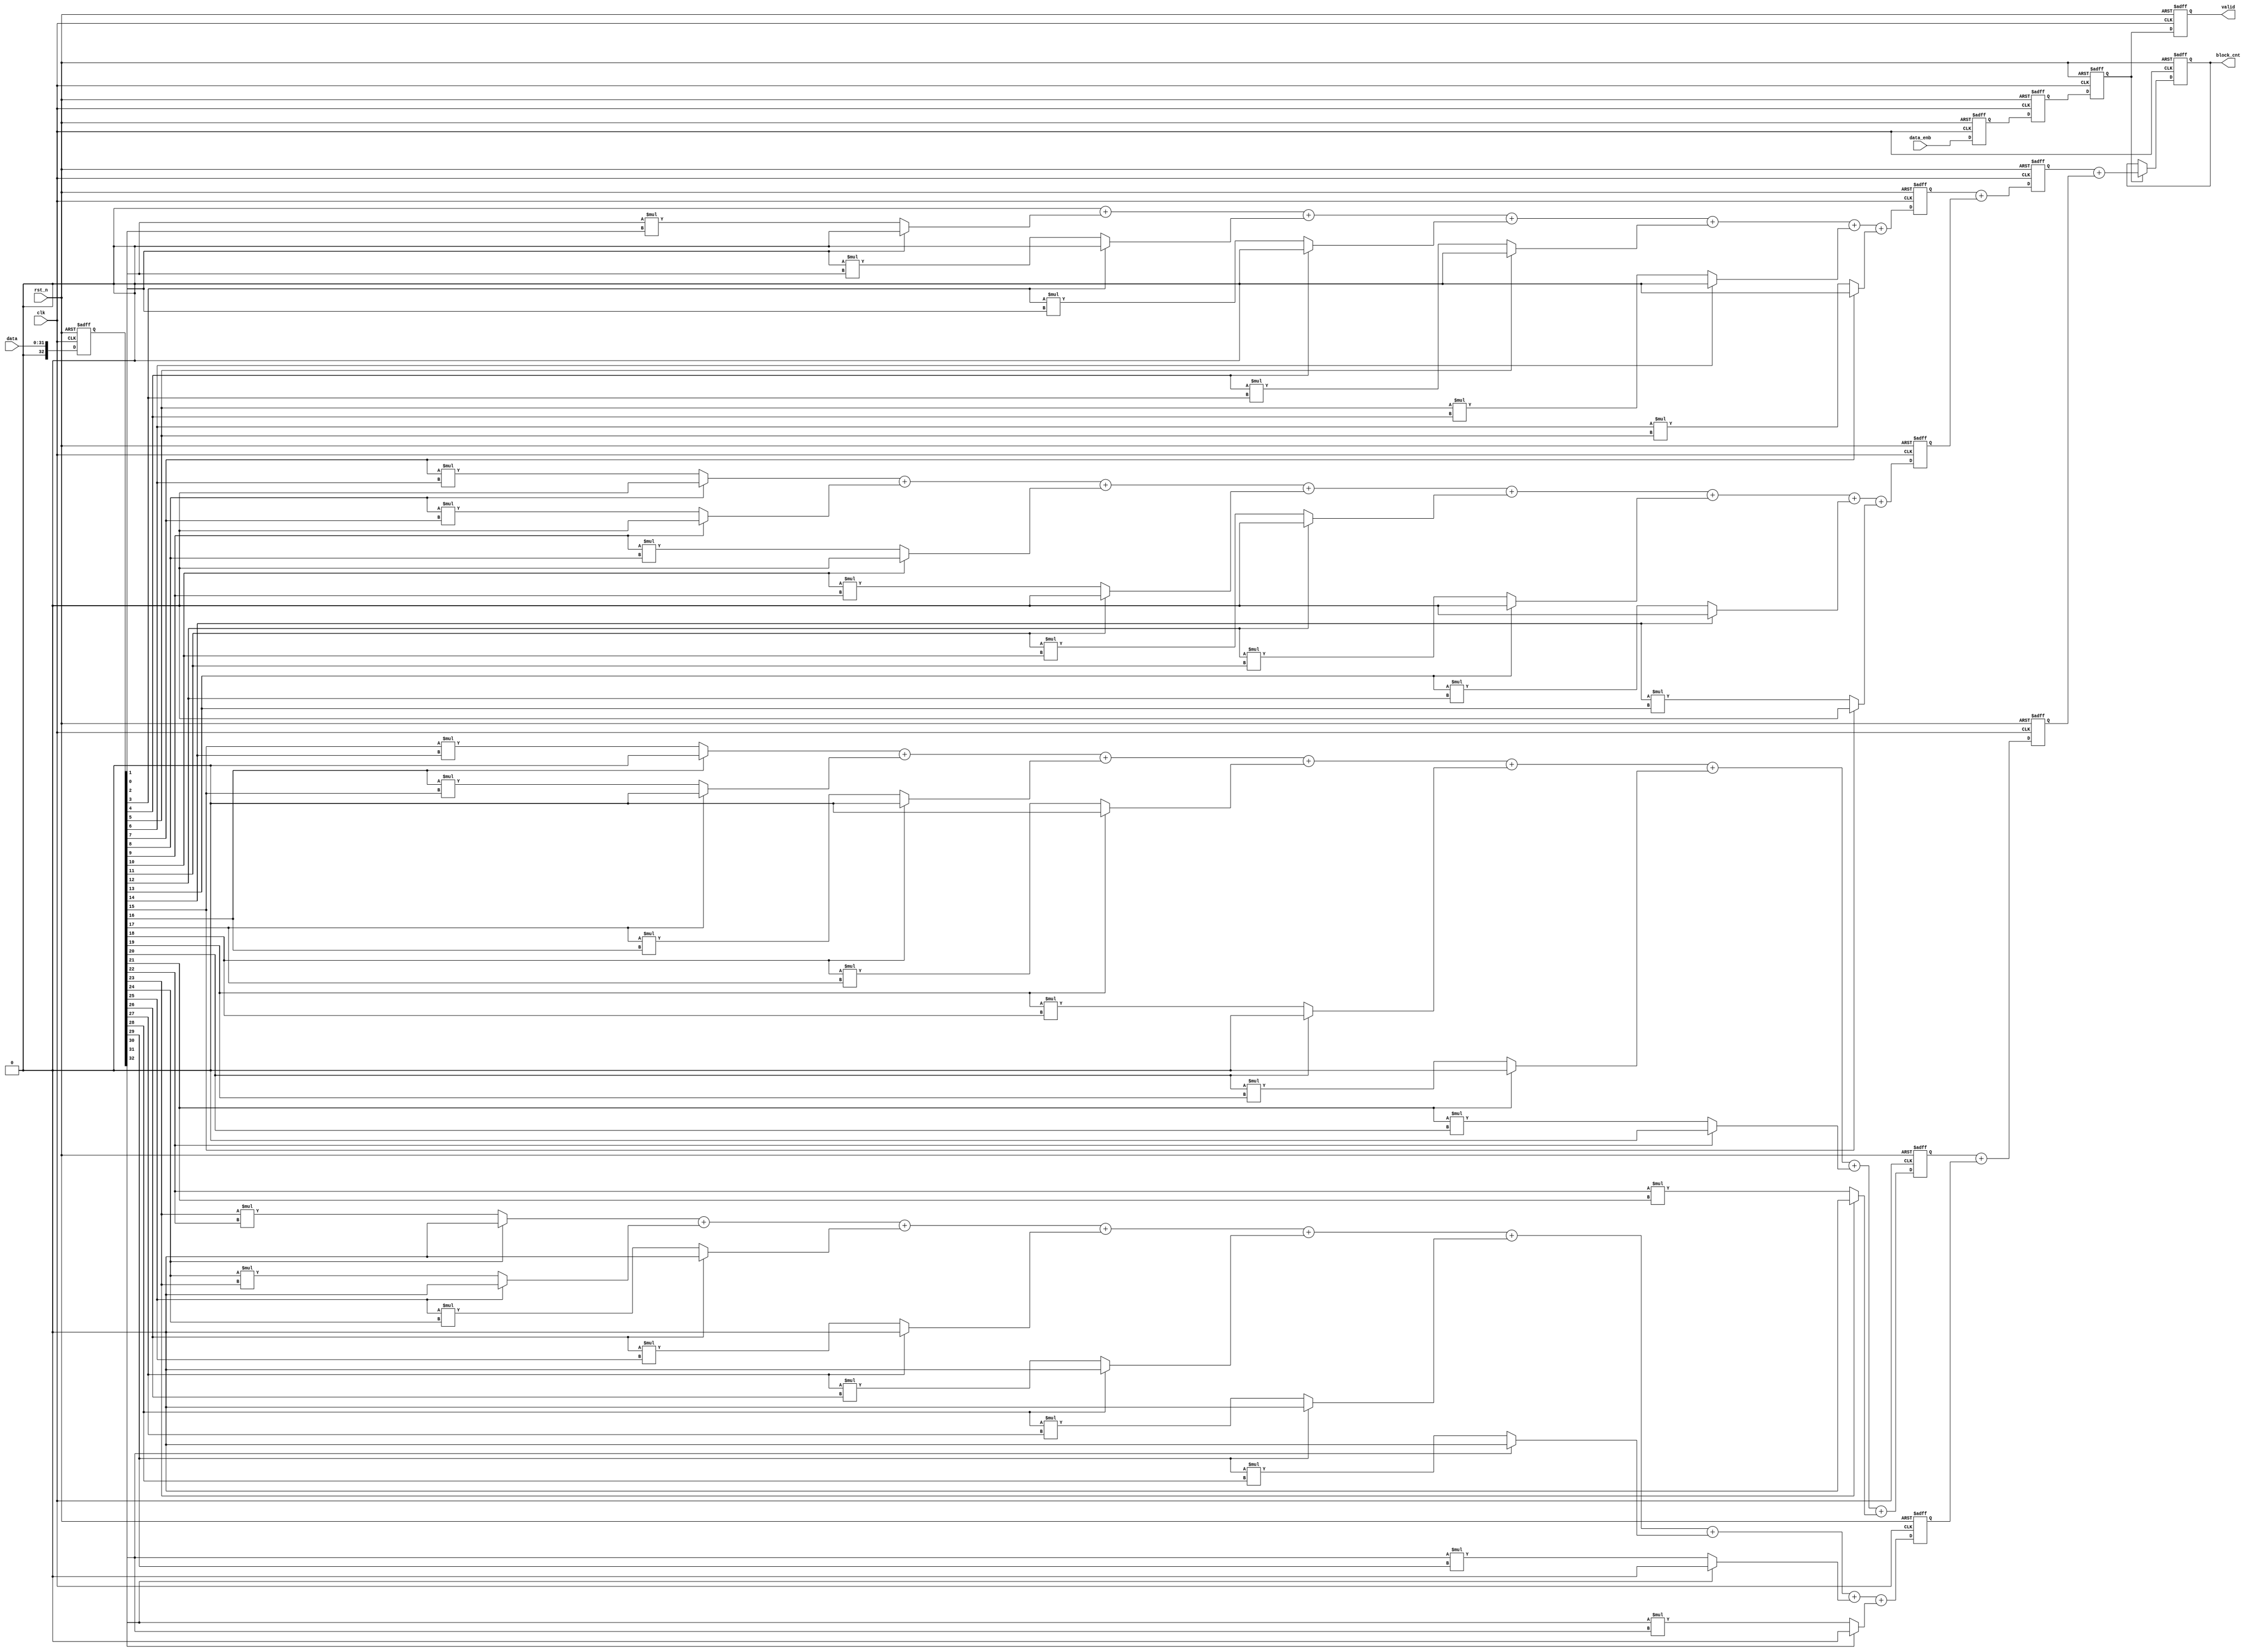
module bit_block_counter (data, data_enb, clk, rst_n, block_cnt, valid);
  //parameter
  parameter FF_DLY = 1;
  parameter LEN_DATA = 32;
  parameter LEN_CNT = 4;
    //port
  input [LEN_DATA-1:0] data;
  input data_enb;
  input clk;
  input rst_n;
  output [LEN_CNT-1:0] block_cnt;
  output valid;
    //port data type
  wire [LEN_DATA-1:0] data;
  wire data_enb;
  wire clk;
  wire rst_n;
  reg [LEN_CNT-1:0] block_cnt;
  reg valid;
    //internal variable
  reg [LEN_DATA:0] data_in;
  wire [LEN_CNT-1:0] cnt0;
  wire [LEN_CNT-1:0] cnt1;
  wire [LEN_CNT-1:0] cnt2;
  wire [LEN_CNT-1:0] cnt3;
  reg [LEN_DATA:0] cnt_0;
  reg [LEN_DATA:0] cnt_int;
  reg [LEN_CNT-1:0] block_cnt0;
  reg [LEN_CNT-1:0] block_cnt1;
  reg [LEN_CNT-1:0] block_cnt2;
  reg [LEN_CNT-1:0] block_cnt3;
  wire [LEN_CNT-1:0] block_cnt01;
  wire [LEN_CNT-1:0] block_cnt23;
  reg [LEN_CNT-1:0] block_cnt_01;
  reg [LEN_CNT-1:0] block_cnt_23;
  wire [LEN_CNT-1:0] block_cnt_0;
  reg valid_0;
  reg valid_1;
  reg valid_2;
  
    //data in flipflop
  always @ (posedge clk or negedge rst_n) begin 
    if (rst_n == 0) begin 
      data_in <= #FF_DLY 33'h0;
    end 
    else begin 
      data_in <= #FF_DLY data;
    end
  end
  //enable in flipflop
  always @ (posedge clk or negedge rst_n) begin 
    if (rst_n == 0) begin
      valid_0 <= #FF_DLY 1'b0;
    end
    else begin 
      valid_0 <= #FF_DLY data_enb;
    end
  end
  
  always @ (data_in) begin
    cnt_int = 0;
  end
  
  genvar i;
  generate
    for (i=0;i<8;i=i+1) begin : counter0
      always @ (data_in or i) begin
        cnt_0[i] = ((data_in[i] == 0) && (i > 1)) ? (data_in[i-1]*data_in[i-2]) : cnt_int[i];
      end
    end
  endgenerate
  assign cnt0 = cnt_0[0] + cnt_0[1] + cnt_0[2] + cnt_0[3] + cnt_0[4] + cnt_0[5] + cnt_0[6] + cnt_0[7];

  genvar j;
  generate
    for (j=8;j<16;j=j+1) begin : counter1
      always @ (data_in or j) begin
        cnt_0[j] = ((data_in[j] == 0)) ? (data_in[j-1]*data_in[j-2]) : cnt_int[j];
      end
    end
  endgenerate
  assign cnt1 = cnt_0[8] + cnt_0[9] + cnt_0[10] + cnt_0[11] + cnt_0[12] + cnt_0[13] + cnt_0[14] + cnt_0[15];
  
  genvar g;
  generate
    for (g=16;g<24;g=g+1) begin : counter2
      always @ (data_in or g) begin
        cnt_0[g] = ((data_in[g] == 0)) ? (data_in[g-1]*data_in[g-2]) : cnt_int[g];
      end
    end
  endgenerate
  assign cnt2 = cnt_0[16] + cnt_0[17] + cnt_0[18] + cnt_0[19] + cnt_0[20] + cnt_0[21] + cnt_0[22] + cnt_0[23];
  
  genvar h;
  generate
    for (h=24;h<33;h=h+1) begin : counter3
      always @ (data_in or h) begin
        cnt_0[h] = ((data_in[h] == 0)) ? (data_in[h-1]*data_in[h-2]) : cnt_int[h];
      end
    end
  endgenerate
  assign cnt3 = cnt_0[24] + cnt_0[25] + cnt_0[26] + cnt_0[27] + cnt_0[28] + cnt_0[29] + cnt_0[30] + cnt_0[31] + cnt_0[32];
  
  always @ (posedge clk or negedge rst_n) begin 
    if (rst_n == 0) begin 
	  block_cnt0 <= #FF_DLY 4'd0;
	end
	else begin
	    block_cnt0 <= #FF_DLY cnt0;
	end
  end
  always @ (posedge clk or negedge rst_n) begin 
    if (rst_n == 0) begin 
	  block_cnt1 <= #FF_DLY 4'd0;
	end
	else begin
	  block_cnt1 <= #FF_DLY cnt1;
	end
  end
  always @ (posedge clk or negedge rst_n) begin 
    if (rst_n == 0) begin 
	  block_cnt2 <= #FF_DLY 4'd0;
	end
	else begin
	  block_cnt2 <= #FF_DLY cnt2;
	end
  end
  always @ (posedge clk or negedge rst_n) begin 
    if (rst_n == 0) begin 
	  block_cnt3 <= #FF_DLY 4'd0;
	end
	else begin
	  block_cnt3 <= #FF_DLY cnt3;
	end
  end
  always @ (posedge clk or negedge rst_n) begin 
    if (rst_n == 0) begin
      valid_1 <= #FF_DLY 1'b0;
    end
    else begin 
      valid_1 <= #FF_DLY valid_0;
    end
  end
  assign block_cnt01 = block_cnt0 + block_cnt1;
  assign block_cnt23 = block_cnt2 + block_cnt3;
  //enable in flipflop
  always @ (posedge clk or negedge rst_n) begin 
    if (rst_n == 0) begin
      valid_2 <= #FF_DLY 1'b0;
    end
    else begin 
      valid_2 <= #FF_DLY valid_1;
    end
  end
  always @ (posedge clk or negedge rst_n) begin 
    if (rst_n == 0) begin 
	  block_cnt_01 <= #FF_DLY 4'd0;
	end
	else begin
	  block_cnt_01 <= #FF_DLY block_cnt01;
	end
  end
  always @ (posedge clk or negedge rst_n) begin 
    if (rst_n == 0) begin 
	  block_cnt_23 <= #FF_DLY 4'd0;
	end
	else begin
	  block_cnt_23 <= #FF_DLY block_cnt23;
	end
  end
  
  assign block_cnt_0 = block_cnt_01 + block_cnt_23;
  
  
  
  
  
  
  always @ (posedge clk or negedge rst_n) begin 
    if (rst_n == 0) begin
      valid <= #FF_DLY 1'b0;
    end
    else begin 
      valid <= #FF_DLY valid_2;
    end
  end
  always @ (posedge clk or negedge rst_n) begin 
    if (rst_n == 0) begin 
	  block_cnt <= #FF_DLY 4'd0;
	end
	else begin
      if (valid_2 == 1) begin 
	      block_cnt <= #FF_DLY block_cnt_0;
      end
	end
  end
endmodule